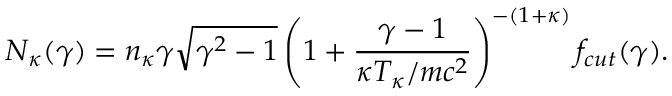
N _ { \kappa } ( \gamma ) = n _ { \kappa } \gamma \sqrt { \gamma ^ { 2 } - 1 } \left( 1 + \frac { \gamma - 1 } { \kappa T _ { \kappa } / m c ^ { 2 } } \right) ^ { - ( 1 + \kappa ) } f _ { c u t } ( \gamma ) .